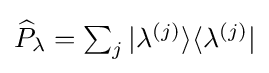
{\textstyle {\widehat {P}}_{\lambda }=\sum _{j}|\lambda ^{(j)}\rangle \langle \lambda ^{(j)}|}